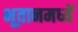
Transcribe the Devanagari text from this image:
भूतानमध्यें